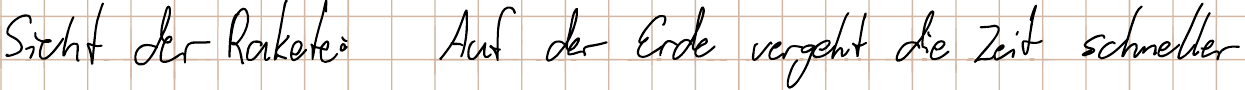
Sicht der Rakete: Auf der Erde vergeht die Zeit schneller